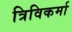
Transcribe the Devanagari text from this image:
त्रिविकर्मा